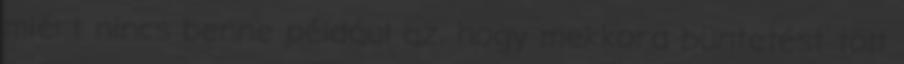
miért nincs benne például az, hogy mekkora büntetést tölt